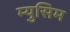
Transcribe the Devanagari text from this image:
म्युसिम